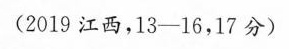
(2019r西13-16.17分)